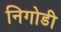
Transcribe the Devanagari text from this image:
निगोडी